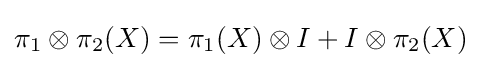
\pi _{1}\otimes \pi _{2}(X)=\pi _{1}(X)\otimes I+I\otimes \pi _{2}(X)